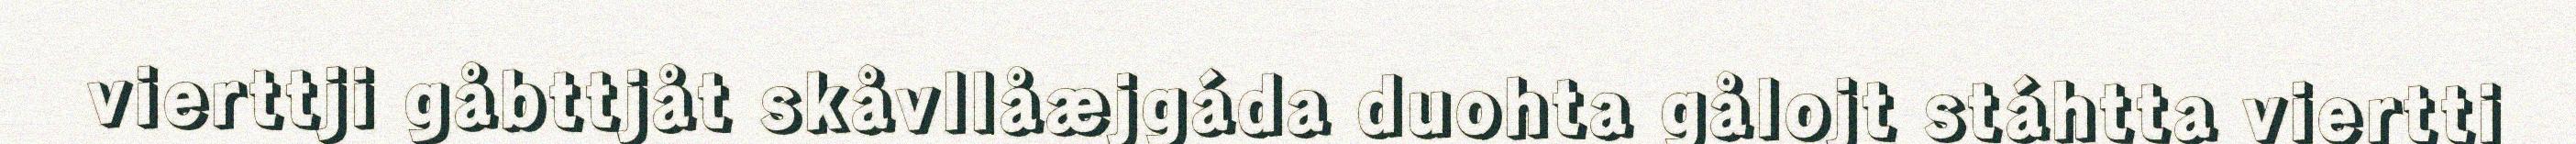
vierttji gåbttjåt skåvllåæjgáda duohta gålojt stáhtta viertti